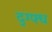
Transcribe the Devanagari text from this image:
द्ग्फ्ध